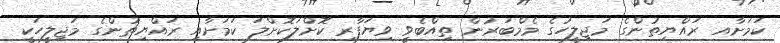
ކަމަށާއ ރައްޔިތުންގެ މަޖިލީހުގެ މެމްބަރުން ތިއްބެވީ ވިޔަފާރި ކޮށްލަކޮށްލަ ކަމަށާއި ރައްޔިތުންގެ މަޖިލީހަކީ